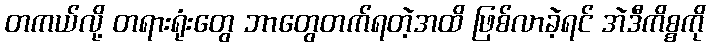
တကယ်လို့ တရားရုံးတွေ ဘာတွေတက်ရတဲ့အထိ ဖြစ်လာခဲ့ရင် အဲဒီကိစ္စကို